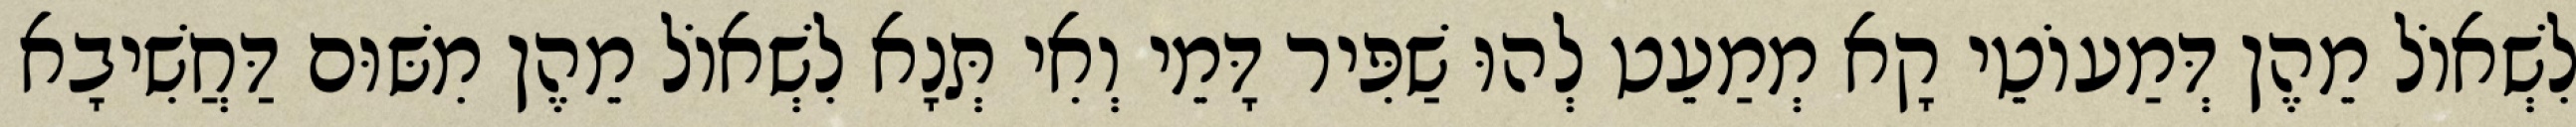
לִשְׁאוֹל מֵהֶן דְּמַעוֹטֵי קָא מְמַעֵט לְהוּ שַׁפִּיר דָּמֵי וְאִי תְּנָא לִשְׁאוֹל מֵהֶן מִשּׁוּם דַּחֲשִׁיבָא